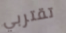
تقتربي